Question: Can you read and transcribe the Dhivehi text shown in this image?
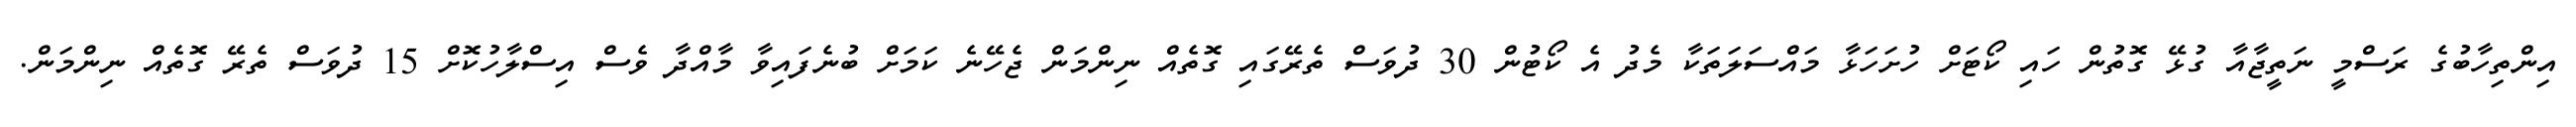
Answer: އިންތިހާބުގެ ރަސްމީ ނަތީޖާއާ ގުޅޭ ގޮތުން ހައި ކޯޓަށް ހުށަހަޅާ މައްސަލަތަކާ މެދު އެ ކޯޓުން 30 ދުވަސް ތެރޭގައި ގޮތެއް ނިންމަން ޖެހޭނެ ކަމަށް ބުނެފައިވާ މާއްދާ ވެސް އިސްލާހުކޮށް 15 ދުވަސް ތެރޭ ގޮތެއް ނިންމަން.